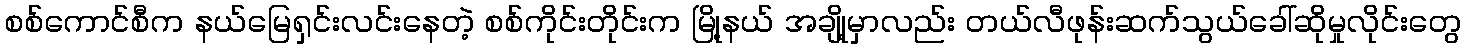
စစ်ကောင်စီက နယ်မြေရှင်းလင်းနေတဲ့ စစ်ကိုင်းတိုင်းက မြို့နယ် အချို့မှာလည်း တယ်လီဖုန်းဆက်သွယ်ခေါ်ဆိုမှုလိုင်းတွေ